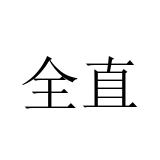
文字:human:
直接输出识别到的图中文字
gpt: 全直